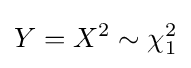
Y=X^{2}\sim \chi _{1}^{2}